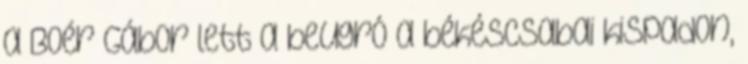
a Boér Gábor lett a beugró a békéscsabai kispadon,